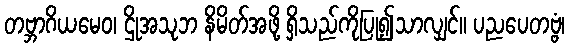
တဗ္ဘာဂိယမေဝ၊ ဌိုအသုဘ နိမိတ်အဖို့ ရှိသည်ကိုပြု၍သာလျှင်။ ပညပေတဗ္ဗံ၊